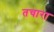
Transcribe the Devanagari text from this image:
तचारा